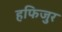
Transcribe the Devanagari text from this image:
हफिजुर